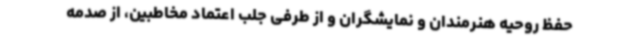
حفظ روحیه هنرمندان و نمایشگران و از طرفی جلب اعتماد مخاطبین، از صدمه